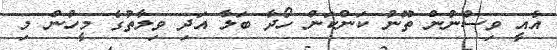
އެއީ ވިސްނުން ތޫނު ކަންކަން ހޯދާ ބަލާ އަދި ވިލާތުގެ މީހުން މި